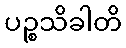
ပဉ္စသိခါတိ